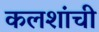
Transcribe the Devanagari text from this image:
कलशांची